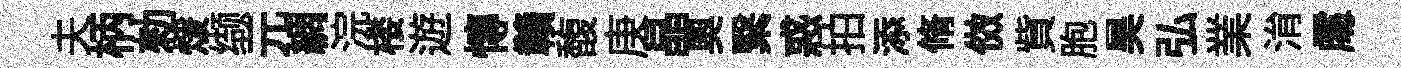
夫柄勑煖缬元綢浣楼遊慱贛馥庚晶奥繄惑拍添脩傚貲胞昊弘業㳙𠁅